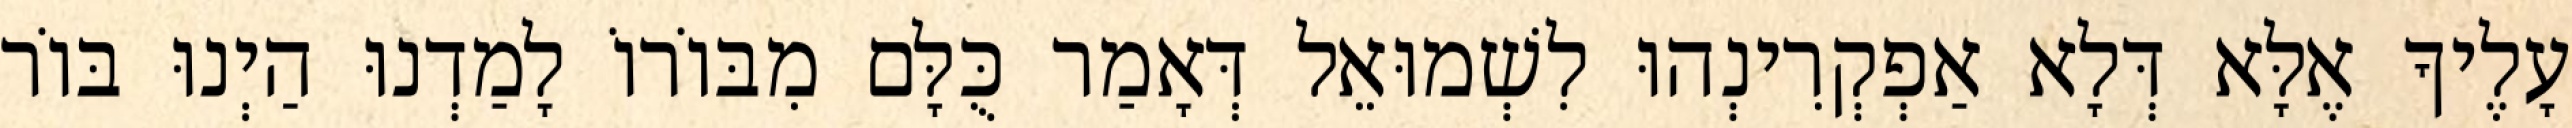
עָלֶיךָ אֶלָּא דְּלָא אַפְקְרִינְהוּ לִשְׁמוּאֵל דְּאָמַר כֻּלָּם מִבּוֹרוֹ לָמַדְנוּ הַיְנוּ בּוֹר